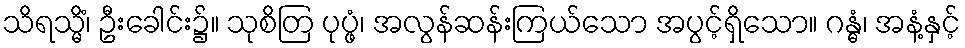
သိရသ္မိံ၊ ဦးခေါင်း၌။ သုစိတြ ပုပ္ဖံ၊ အလွန်ဆန်းကြယ်သော အပွင့်ရှိသော။ ဂန္ဓံ၊ အနံ့နှင့်